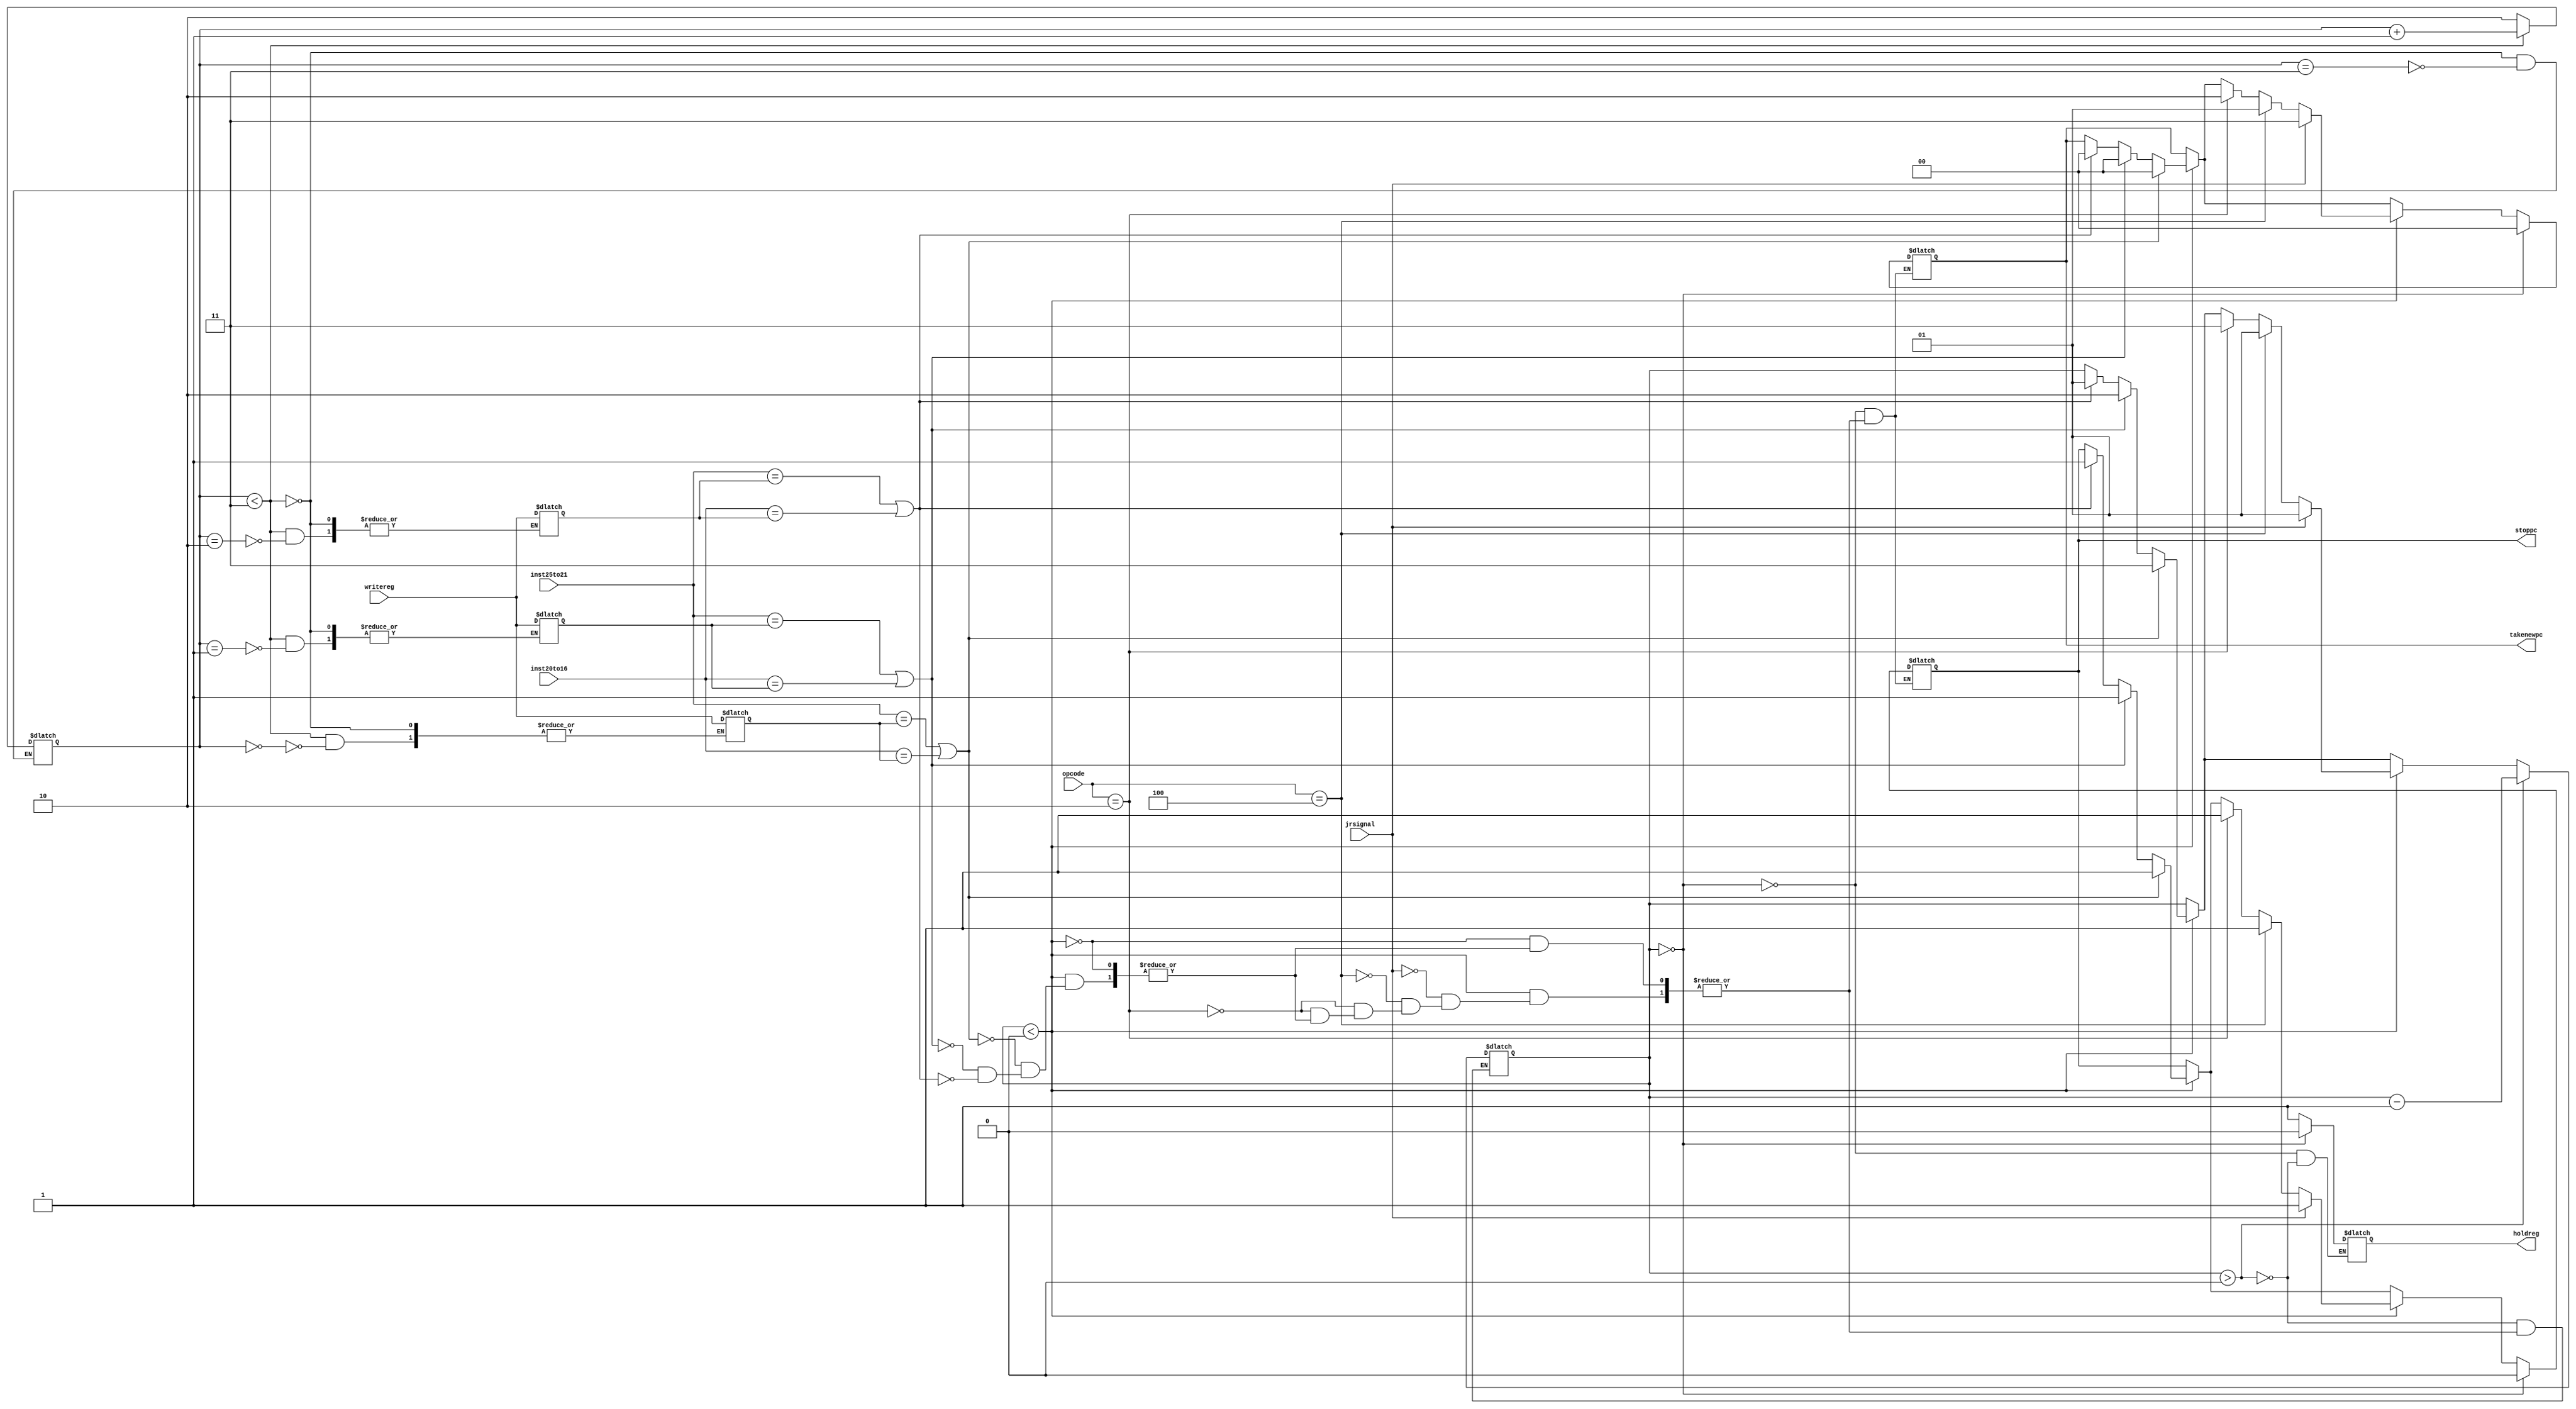
module hazardctrl_unit(opcode,inst25to21,inst20to16,jrsignal,writereg,stoppc,holdreg,takenewpc);
input [5:0] opcode;
input [4:0] inst25to21,inst20to16,writereg;
input jrsignal;
output reg holdreg;
output reg [1:0] takenewpc;
output reg stoppc;
reg [4:0] memreg[2:0];
reg [1:0] i;
reg [1:0] hold;
initial
begin
memreg[0]<=5'b00000;
memreg[1]<=5'b00000;
memreg[2]<=5'b00000;
i <=0;
hold<=0;
end
always@(inst25to21 or inst20to16 or writereg  or jrsignal or hold )
begin
  if(hold<0)
  begin
   //case of check Rtype with Rtype
   if(inst25to21 == memreg[0] || inst20to16 == memreg[0])
   begin
       hold <= 3;
       takenewpc<=2'b00;
       stoppc<=1;
   end

   else if(inst25to21 == memreg[1] || inst20to16 == memreg[1])
   begin
       hold <= 2;
       takenewpc<=2'b00;
       stoppc<=1;
   end

     else if(inst25to21 == memreg[2] || inst20to16 == memreg[2])
     begin
       hold <= 1;
       takenewpc<=2'b00;
       stoppc<=1;
 
      end

   end

  if(hold<0)
  begin
      //j inst
      if(opcode==6'b000010)
      begin
           hold<=1;
           takenewpc<=2'b10;
           stoppc<=1;
      end 
      
      //jal inst 
      if(opcode==6'b000010)
      begin
           hold<=3;
           takenewpc<=2'b10;
           stoppc<=1;
      end 
      
      //beq inst 
      if(opcode==6'b000100)
      begin 
           hold<=1;
           takenewpc<=2'b01;
           stoppc<=1;
      end

      //jr inst
      if(jrsignal== 1'b1)
      begin 
           hold<=1;
           takenewpc<=2'b11;
           stoppc<=1;

      end 
   end 
   if(hold>0)
   begin
        holdreg<=1'b1;
        hold <= hold - 1;
   end

   if(hold==0)
   begin
       holdreg<=1'b0;
       takenewpc<=2'b00;
       stoppc<=1'b0;

   end

   

   if(i==3)
     i<=2;
   if(i<3)
   begin
      memreg[i]<=writereg;
      i <=i+1;
   end

end
endmodule